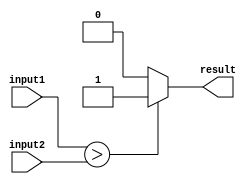
module greater_than_comp(
    input [7:0] input1,
    input [7:0] input2,
    output reg result
);

reg [7:0] subtracted_value;

always @ (input1, input2)
begin
    if(input1 > input2) begin
        subtracted_value = input1 - input2;
        result = 1;
    end
    else begin
        subtracted_value = input2 - input1;
        result = 0;
    end
end

endmodule